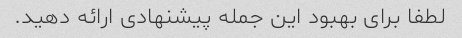
لطفا برای بهبود این جمله پیشنهادی ارائه دهید.